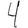
Digit: 4